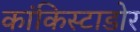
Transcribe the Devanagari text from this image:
कांकिस्टाडोर